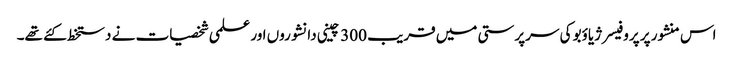
اس منشور پر پروفیسر ژیاؤبو کی سرپرستی میں قریب 300 چینی دانشوروں اور علمی شخصیات نے دستخط کئے تھے۔